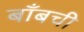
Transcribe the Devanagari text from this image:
बाँबची